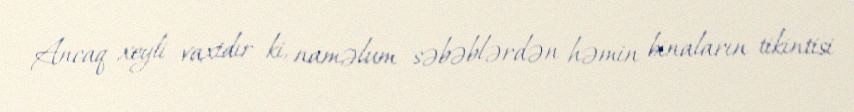
Ancaq xeyli vaxtdır ki, naməlum səbəblərdən həmin binaların tikintisi